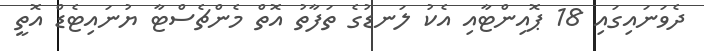
ދެވަނައިގައި 18 ޕޮއިންޓާއި އެކު ލަނޑުގެ ތަފާތު އޮތް މެންޗެސްޓާ ޔުނައިޓެޑް އޮތީ